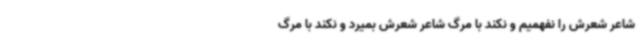
شاعر شعرش را نفهمیم و نکند با مرگ‌ شاعر شعرش بمیرد و نکند با مرگ‌